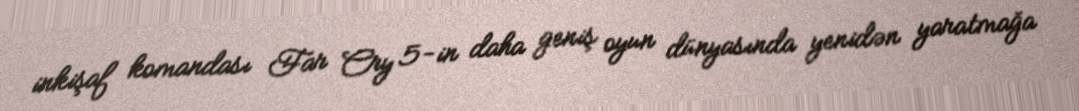
inkişaf komandası Far Cry 5-in daha geniş oyun dünyasında yenidən yaratmağa